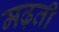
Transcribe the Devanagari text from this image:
मढ़ती